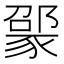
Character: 𬥃